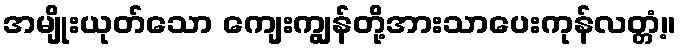
အမျိုးယုတ်သော ကျေးကျွန်တို့အားသာပေးကုန်လတ္တံ့။